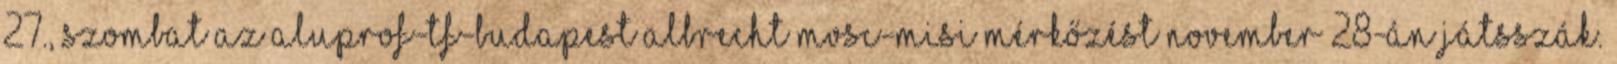
27., szombat Az Aluprof-TF-Budapest–Albrecht MVSC-MISI mérkőzést november 28-án játsszák.